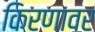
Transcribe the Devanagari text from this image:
किरणावर